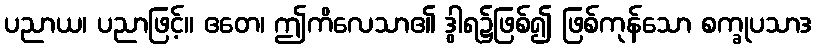
ပညာယ၊ ပညာဖြင့်။ ဧတေ၊ ဤကိလေသာ၏ ဒွါရ၌ဖြစ်၍ ဖြစ်ကုန်သော စက္ခုပသာဒ